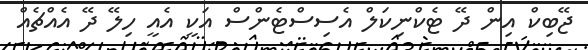
ޖޭބިކް އިން ދޭ ޓެކްނިކަލް އެސިސްޓެންސް އަކީ އެއީ ހިލޭ ދޭ އެއްޗެއް